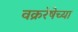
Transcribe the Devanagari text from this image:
वक्ररेषेच्या